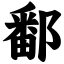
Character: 鄱